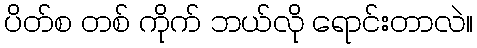
ပိတ်စ တစ် ကိုက် ဘယ်လို ရောင်းတာလဲ။